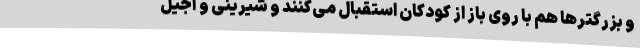
و بزرگترها هم با روی باز از کودکان استقبال می‌کنند و شیرینی و آجیل